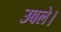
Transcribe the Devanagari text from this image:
उबले।